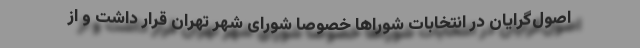
اصول‌گرایان در انتخابات شوراها خصوصا شورای شهر تهران قرار داشت و از